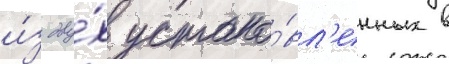
и́з дву́х устано́вл'енных в